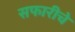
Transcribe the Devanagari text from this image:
सफारीचे